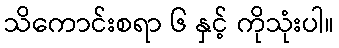
သိကောင်းစရာ ၆ နှင့် ကိုသုံးပါ။